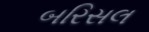
બરિસલ